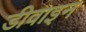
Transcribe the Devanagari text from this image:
डीवाइन